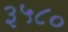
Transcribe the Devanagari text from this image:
३५८०